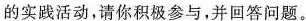
的实践活动，请你积极参与，并回答问题。